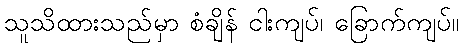
သူသိထားသည်မှာ စံချိန် ငါးကျပ်၊ ခြောက်ကျပ်။